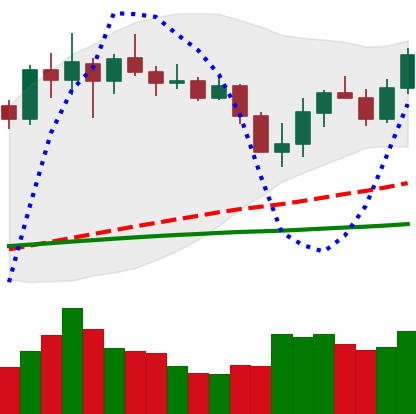
Ticker: LINK-USD
Chart end date: 2020-03-03
Forward return: -10.777%
Label: down_7plus